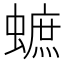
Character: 蟅